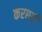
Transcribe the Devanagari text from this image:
करछरी